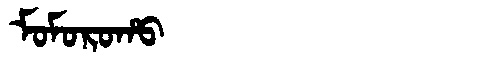
Manchu: ᠮᠣᠮᠣᡵᠣᡥᠣ
Romanization: MOMOROHO